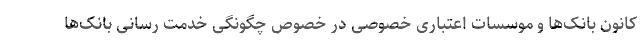
کانون بانک‌ها و موسسات اعتباری خصوصی در خصوص چگونگی خدمت رسانی بانک‌ها